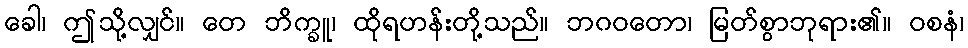
ခေါ၊ ဤသို့လျှင်။ တေ ဘိက္ခူ၊ ထိုရဟန်းတို့သည်။ ဘဂဝတော၊ မြတ်စွာဘုရား၏။ ဝစနံ၊